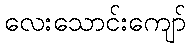
လေးသောင်းကျော်